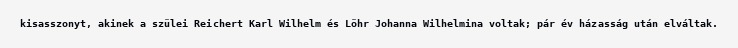
kisasszonyt, akinek a szülei Reichert Karl Wilhelm és Löhr Johanna Wilhelmina voltak; pár év házasság után elváltak.